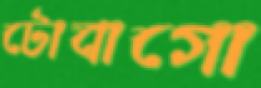
টোবাগো